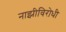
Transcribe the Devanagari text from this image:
नाझीविरोधी